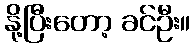
နို့ပြီးတော့ ခင်ဦး။